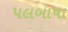
પલબાષા